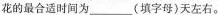
花的最合适时间为___(填字母)天左右。